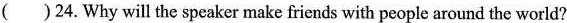
( )24.Why will the speaker make friends with people around the world?